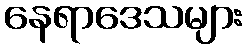
နေရာဒေသများ